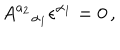
A ^ { a _ { 2 } } { } _ { \alpha _ { 1 } } \epsilon ^ { \alpha _ { 1 } } = 0 \, ,